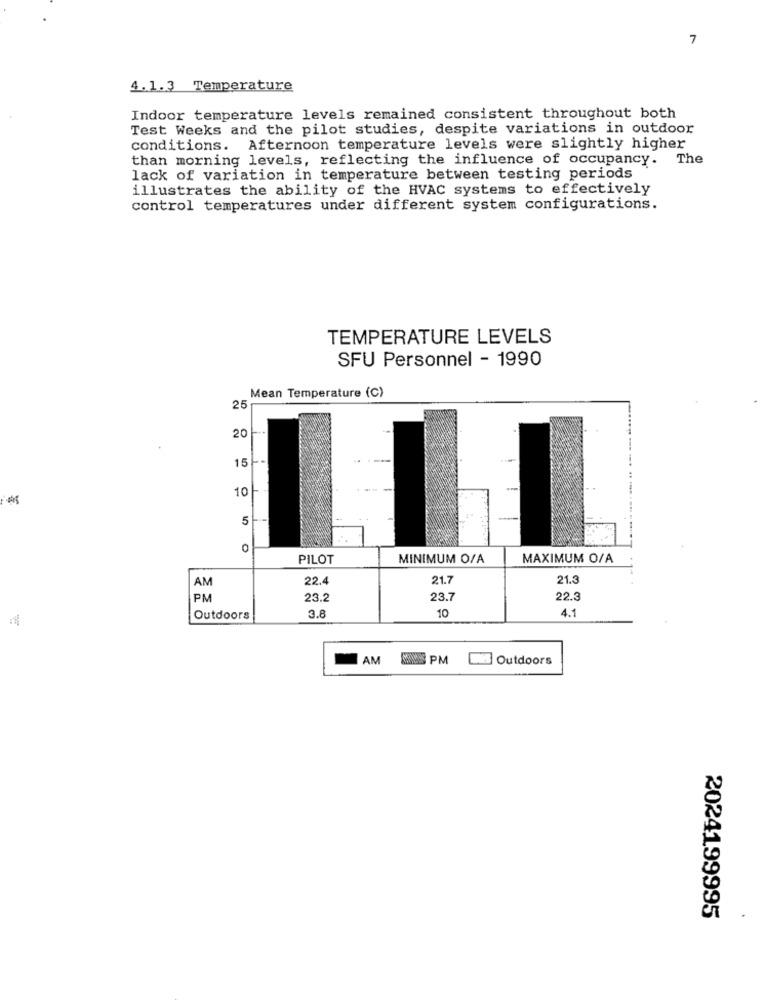
7
4.1.3 Temperature
Indoor temperature levels remained consistent throughout both
Test Weeks and the pilot studies, despite variations in outdoor
conditions. Afternoon temperature levels were slightly higher
than morning levels, reflecting the influence of occupancy.
The
lack of variation in temperature between testing periods
illustrates the ability of the HVAC systems to effectively
control temperatures under different system configurations.
TEMPERATURE LEVELS
SFU Personnel - 1990
Mean Temperature (C)
25
20
15
10
-
5
-
0
PILOT
MINIMUM O/A
MAXIMUM O/A
AM
22.4
21.7
21.3
PM
23.
23.7
22.
10
Outdoors
3.8
4.1
I AM
MAS PM
Outdoors
2024199995